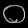
Digit: ၀